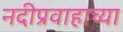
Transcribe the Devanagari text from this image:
नदीप्रवाहाच्या